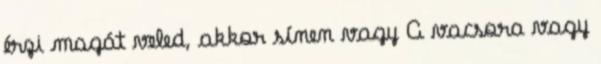
érzi magát veled, akkor sínen vagy A vacsora vagy